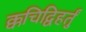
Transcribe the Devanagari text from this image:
क्कचिद्विहर्तुं